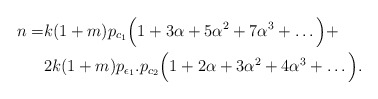
\begin{align*}n =&k(1+m)p_{c_1}\Big(1+3\alpha+5\alpha^{2}+7\alpha^{3}+\hdots\Big)+ \\ & 2k(1+m)p_{\epsilon_1}.p_{c_{2}}\Big(1+2\alpha+3\alpha^{2}+4\alpha^{3}+\hdots\Big).\end{align*}